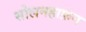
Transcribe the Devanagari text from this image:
सोलनहाफ़न